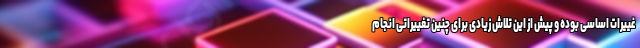
غییرات اساسی بوده و پیش از این تلاش زیادی برای چنین تغییراتی انجام